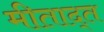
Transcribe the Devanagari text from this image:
मीताद्त